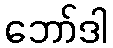
ဘော်ဒါ